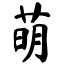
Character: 萌